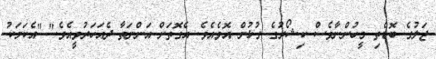
ޖަލުގެ ބޮޑެތި މީހުންނާވެސް ކިޝޯރުގެ ގުޅުން އޮވެއެވެ. އެގޮތަށް އަންނަތާ ދެއަހަރުވީއެވެ." "އެކަމަކު